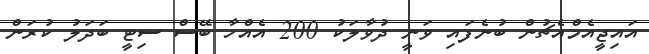
އައިޖީއެމްއެޗުން ބުނެފައި ވަނީ ދުވާލަކު 200 އެއްހާ ބޭސް ސިޓީ ބަދަލު ކުރަން